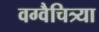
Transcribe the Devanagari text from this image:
वग्वैचित्र्या